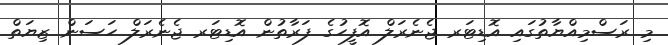
މި ރަސްމިއްޔާތުގައި އޮޑިޓަރ ޖެނެރަލް އޮފީހުގެ ފަރާތުން އޮޑިޓަރ ޖެނެރަލް ހަސަން ޒިޔަތް